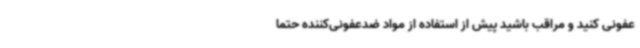
عفونی کنید و مراقب باشید پیش از استفاده از مواد ضدعفونی‌کننده حتما